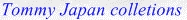
Tommy Japan colletions